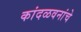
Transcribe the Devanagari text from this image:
कांदळवनांचे